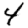
Digit: 4